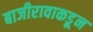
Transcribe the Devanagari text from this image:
बाजीरावाकडून